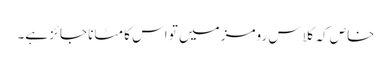
خاص کہ کلاس رومز میں تو اس کا مٹانا جائز ہے۔